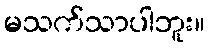
မသက်သာပါဘူး။